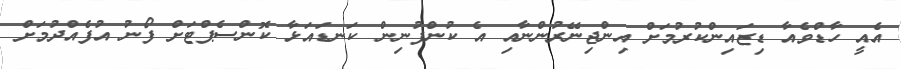
އެއީ ހާޑްވެއާ ޑިޒައިންކުރުމަށް އިންޖިނޭރުންނާއި އެ ކުންފުނިން ކަނޑައަޅާ ކޮންސެޕްޓަށް ފޯނު އުފެއްދުމަށް